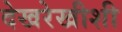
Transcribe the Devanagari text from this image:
देखरेखीशी